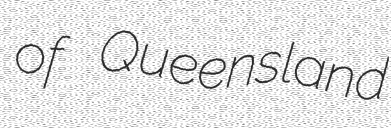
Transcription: of Queensland